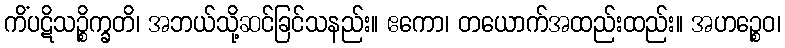
ကိံပဋိသဉ္စိက္ခတိ၊ အဘယ်သို့ဆင်ခြင်သနည်း။ ဧကော၊ တယောက်အထည်းထည်း။ အဟဉ္စေဝ၊